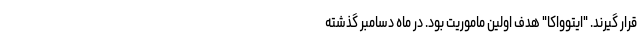
قرار گیرند. "ایتوواکا" هدف اولین ماموریت بود. در ماه دسامبر گذشته